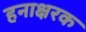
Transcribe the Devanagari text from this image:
हनाक्षरक